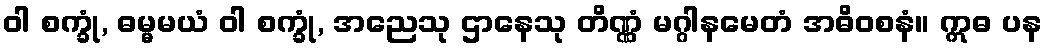
ဝါ စက္ခုံ, ဓမ္မမယံ ဝါ စက္ခုံ, အညေသု ဌာနေသု တိဏ္ဏံ မဂ္ဂါနမေတံ အဓိဝစနံ။ ဣဓ ပန